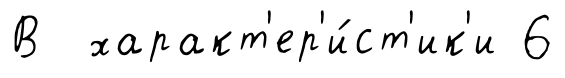
В характ'ер'и́ст'ик'и 6